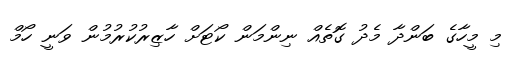
މި މީހާގެ ބަންދާ މެދު ގޮތެއް ނިންމަން ކޯޓަށް ހާޒިރުކުރުމުން ވަނީ ހޯމް